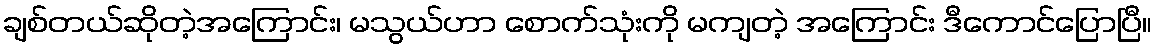
ချစ်တယ်ဆိုတဲ့အကြောင်း၊ မသွယ်ဟာ စောက်သုံးကို မကျတဲ့ အကြောင်း ဒီကောင်ပြောပြီ။